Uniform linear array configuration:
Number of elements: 24
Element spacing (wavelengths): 0.25
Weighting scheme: cosine
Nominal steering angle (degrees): -45
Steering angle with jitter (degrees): -43.138
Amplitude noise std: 0.05
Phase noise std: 0.05

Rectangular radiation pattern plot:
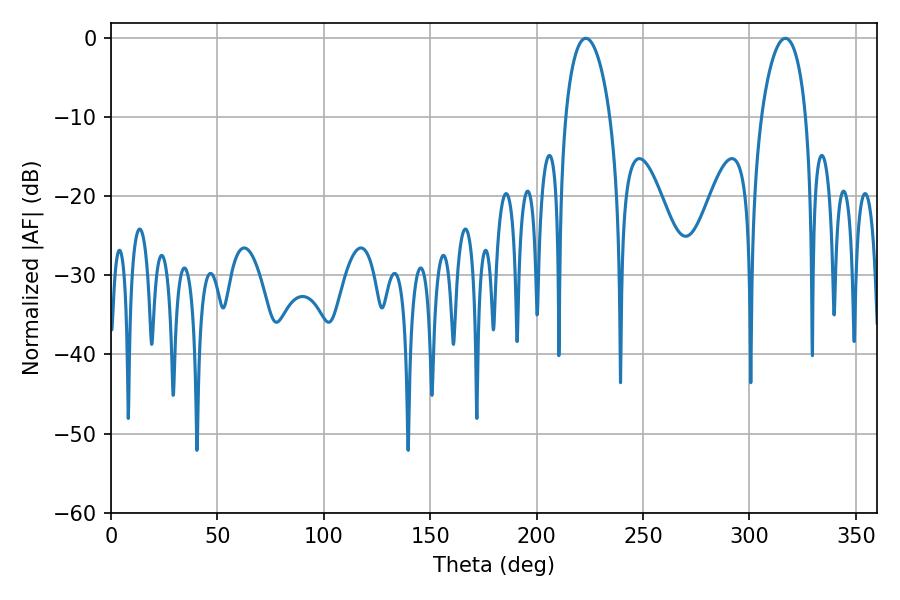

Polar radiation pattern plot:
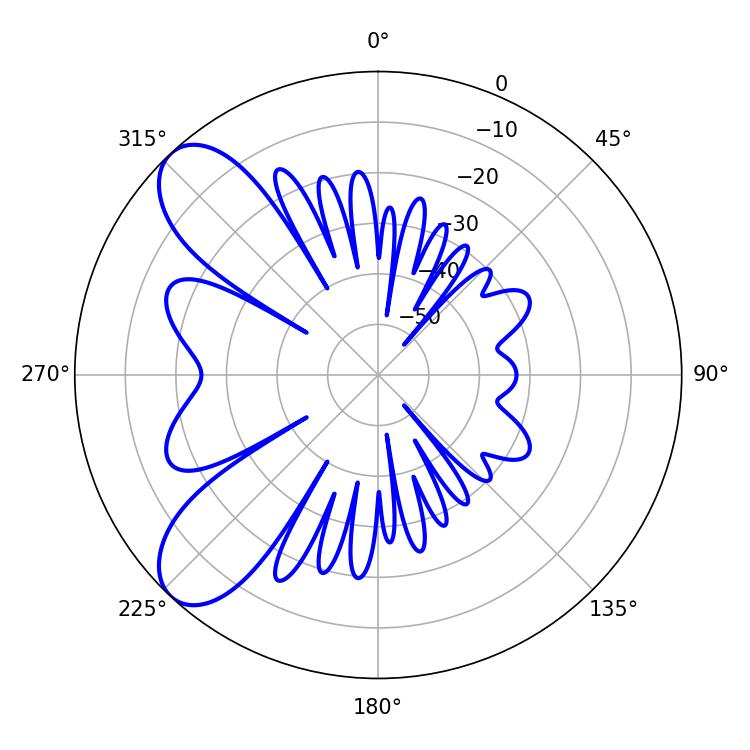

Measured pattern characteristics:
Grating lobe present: FALSE
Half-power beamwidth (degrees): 11.88
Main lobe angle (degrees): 223.02